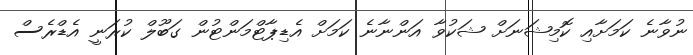
ނުވާނެ ކަމަށާއި ކޮމިޝަނަށް ޝަކުވާ އަންނާނެ ކަމަށް އެޑިޕާޓްމަންޓުން ގަބޫލް ކުރަނީ އެޑްރެސް